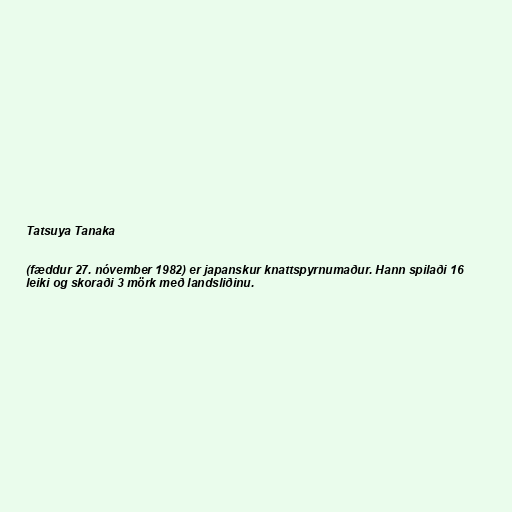
Tatsuya Tanaka

(fæddur 27. nóvember 1982) er japanskur knattspyrnumaður. Hann spilaði 16
leiki og skoraði 3 mörk með landsliðinu.